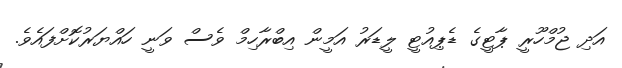
އަދި ޖުމްހޫރީ ޕާޓީގެ ޑެޕިއުޓީ ލީޑަރު އަމީން އިބްރާހިމް ވެސް ވަނީ ހައްޔަރުކޮށްފައެވެ.